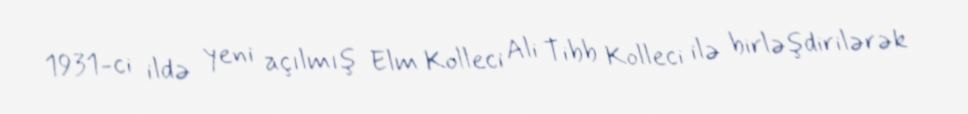
1931-ci ildə yeni açılmış Elm Kolleci Ali Tibb Kolleci ilə birləşdirilərək